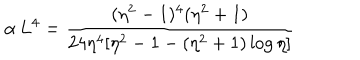
\alpha \, L ^ { 4 } = \frac { ( \eta ^ { 2 } - 1 ) ^ { 4 } ( \eta ^ { 2 } + 1 ) } { 2 4 \eta ^ { 4 } [ \eta ^ { 2 } - 1 - ( \eta ^ { 2 } + 1 ) \log { \eta } ] }